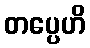
တပ္ပေဟိ